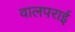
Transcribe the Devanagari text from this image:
वालपराई